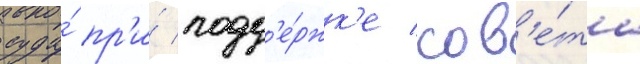
суда́ пр'и́ подд'е́ржк'е сов'е́та